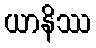
ယာနိဿ